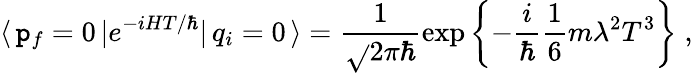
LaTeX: \langle\, \mathtt{p}_{f}=0\, |e^{-iHT/\hbar}|\, q_{i}=0\, \rangle=\frac{{1}}{{\sqrt{}{{2\pi\hbar}}}}\exp\left\{ -\frac{{i}}{{\hbar}}\frac{{1}}{{6}}m\lambda^{2}T^{3}\right\} \; ,